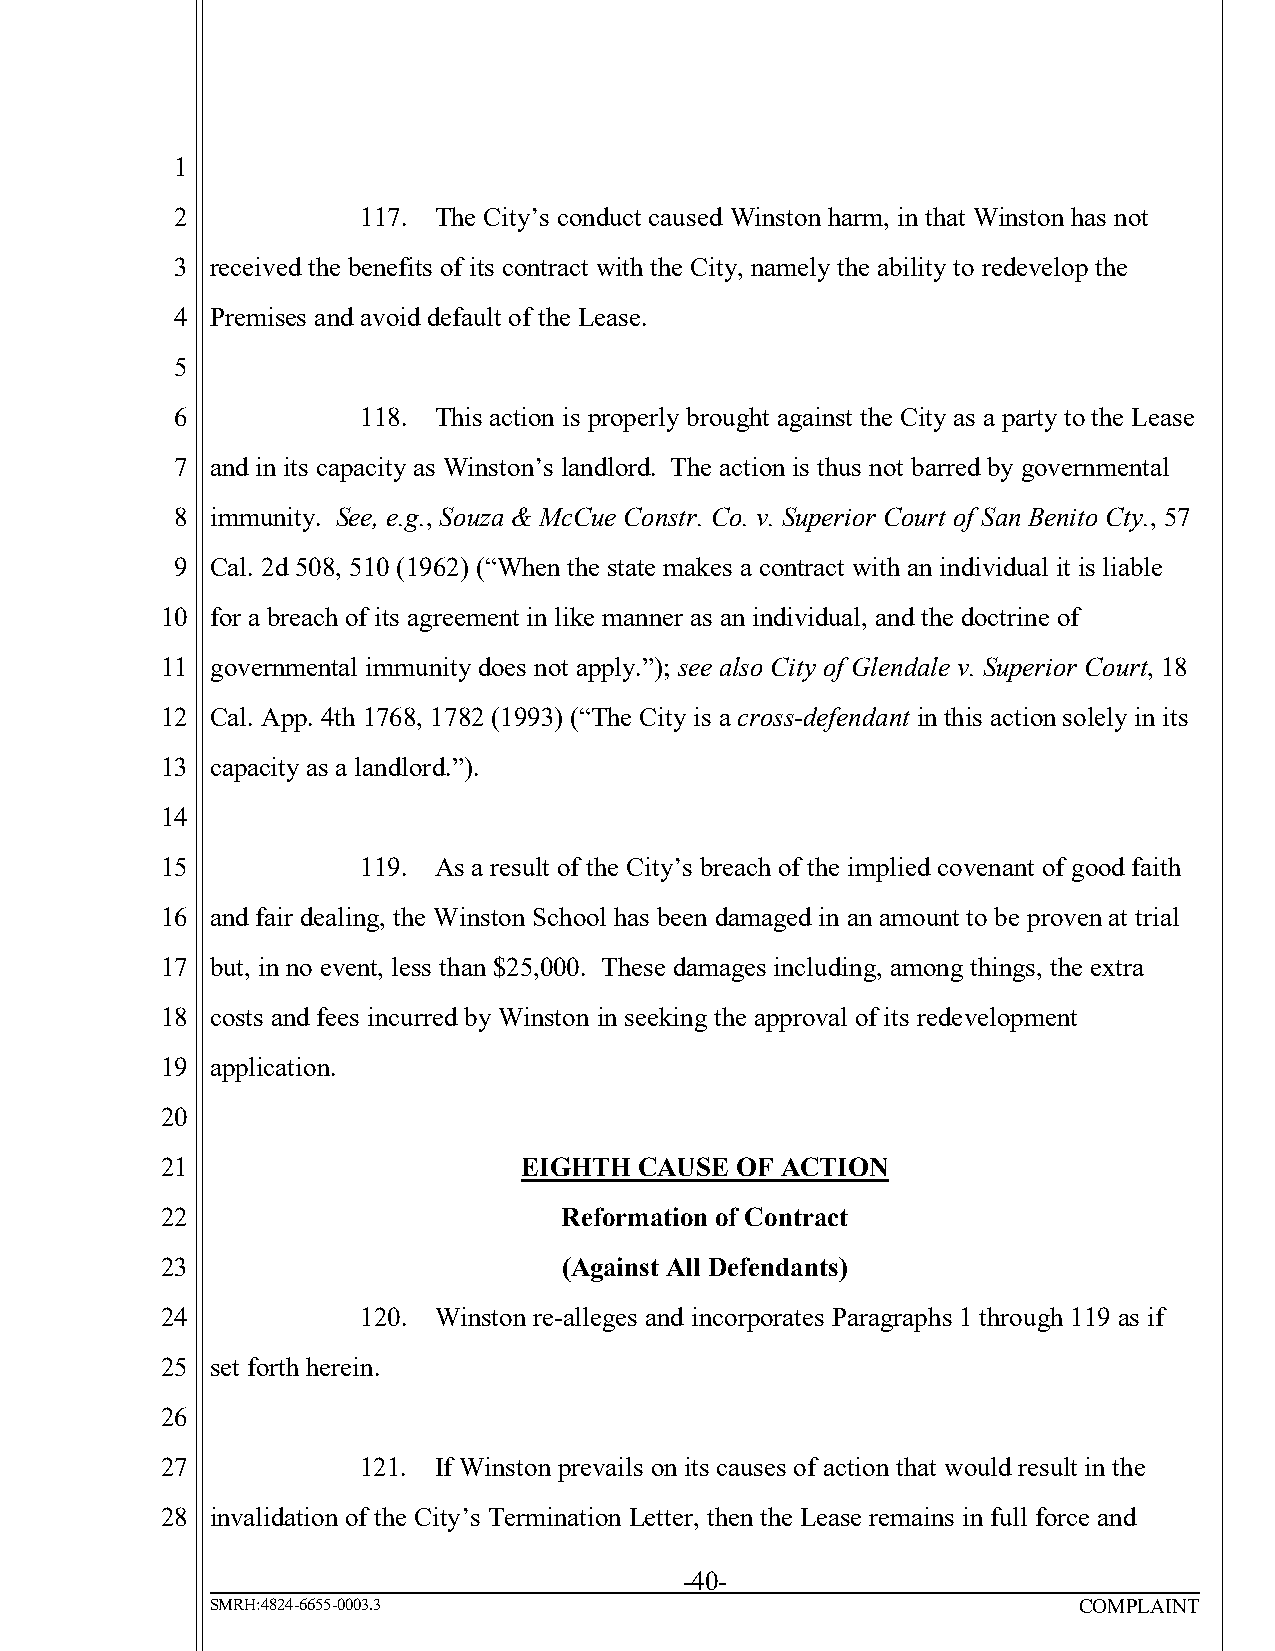
1
 2           117. The City’s conduct caused Winston harm, in that Winston has not
 3 received the benefits of its contract with the City, namely the ability to redevelop the
 4 Premises and avoid default of the Lease.
 5
 6           118. This action is properly brought against the City as a party to the Lease
 7 and in its capacity as Winston’s landlord. The action is thus not barred by governmental
 8 immunity. See, e.g., Souza & McCue Constr. Co. v. Superior Court of San Benito Cty., 57
 9 Cal. 2d 508, 510 (1962) (“When the state makes a contract with an individual it is liable
 10 for a breach of its agreement in like manner as an individual, and the doctrine of
 11 governmental immunity does not apply.”); see also City of Glendale v. Superior Court, 18
 12 Cal. App. 4th 1768, 1782 (1993) (“The City is a cross-defendant in this action solely in its
 13 capacity as a landlord.”).
 14
 15           119. As a result of the City’s breach of the implied covenant of good faith
 16 and fair dealing, the Winston School has been damaged in an amount to be proven at trial
 17 but, in no event, less than $25,000. These damages including, among things, the extra
 18 costs and fees incurred by Winston in seeking the approval of its redevelopment
 19 application.
 20
 21                     EIGHTH  CAUSE  OF ACTION
 22                        Reformation of Contract
 23                        (Against All Defendants)
 24           120. Winston re-alleges and incorporates Paragraphs 1 through 119 as if
 25 set forth herein.
 26
 27           121. If Winston prevails on its causes of action that would result in the
 28 invalidation of the City’s Termination Letter, then the Lease remains in full force and
 -40-
 SMRH:4824-6655-0003.3                                    COMPLAINT